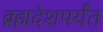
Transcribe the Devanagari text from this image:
ब्रह्मदेशपर्यंत